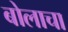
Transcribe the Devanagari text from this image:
बोलाचा